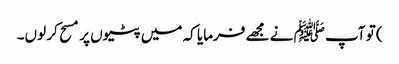
) تو آپ ﷺ نے مجھے فرمایا کہ میں پٹیوں پر مسح کر لوں۔